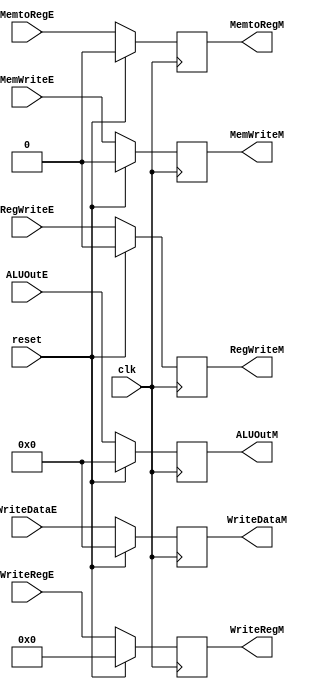
module latch2(reset,clk,RegWriteE,MemtoRegE,MemWriteE,RegWriteM,MemtoRegM,MemWriteM,ALUOutE,ALUOutM,WriteDataE,WriteDataM, WriteRegE,WriteRegM
    );
	 input clk,RegWriteE, MemtoRegE, MemWriteE,reset;
	 input [4:0] WriteRegE;
	 input [31:0] ALUOutE, WriteDataE;
 	 output reg [4:0] WriteRegM;
	 output reg [31:0] ALUOutM, WriteDataM;
	 output reg RegWriteM, MemtoRegM, MemWriteM;
	 always @( posedge clk)
		begin
			if(reset)
				begin
					RegWriteM <= 0;
					MemtoRegM <= 0;
					MemWriteM <= 0;
					ALUOutM <= 0;
					WriteDataM <= 0;
					WriteRegM <= 0;

				end
			else
				begin
					RegWriteM <= RegWriteE;
					MemtoRegM <= MemtoRegE;
					MemWriteM <= MemWriteE;
					ALUOutM <= ALUOutE;
					WriteDataM <= WriteDataE;
					WriteRegM <= WriteRegE;
				end
		end


endmodule